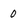
Character: 0